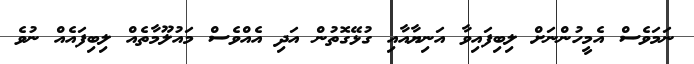
ނަމަވެސް އެމީހުންނަށް ލިބިފައިވާ އަނިޔާއާއި ގުޅޭގޮތުން އަދި އެއްވެސް މައުލޫމާތެއް ލިބިފައެއް ނުވެ